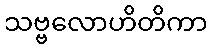
သဗ္ဗလောဟိတိကာ